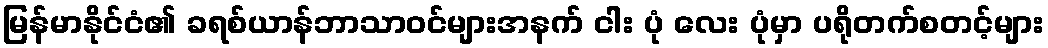
မြန်မာနိုင်ငံ၏ ခရစ်ယာန်ဘာသာဝင်များအနက် ငါး ပုံ လေး ပုံမှာ ပရိုတက်စတင့်များ